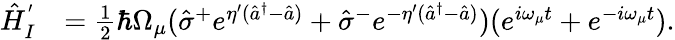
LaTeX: \begin{array}{rl}{\hat{H}_{I}^{'}}&{=\frac{1}{2}\hbar\Omega_{\mu}(\hat{\sigma}^{+}e^{\eta^{\prime}(\hat{a}^{\dagger}-\hat{a})}+\hat{\sigma}^{-}e^{-\eta^{\prime}(\hat{a}^{\dagger}-\hat{a})})(e^{i\omega_{\mu}t}+e^{-i\omega_{\mu}t}).}\end{array}